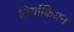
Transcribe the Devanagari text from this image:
तिर्याकियन